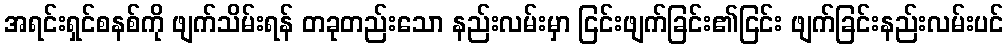
အရင်းရှင်စနစ်ကို ဖျက်သိမ်းရန် တခုတည်းသော နည်းလမ်းမှာ ငြင်းဖျက်ခြင်း၏ငြင်း ဖျက်ခြင်းနည်းလမ်းပင်